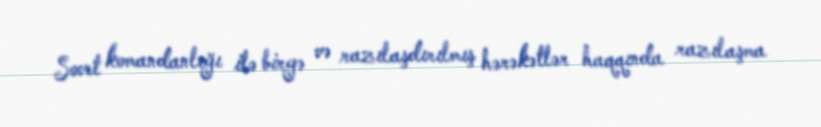
Sovet komandanlığı ilə birgə və razılaşdırılmış hərəkətlər haqqında razılaşma